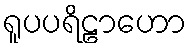
ရူပပရိဠာဟော